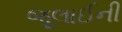
જૂલાઈની